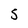
Character: 5